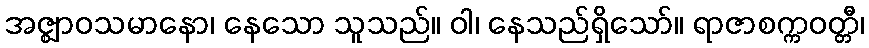
အဇ္ဈာဝသမာနော၊ နေသော သူသည်။ ဝါ၊ နေသည်ရှိသော်။ ရာဇာစက္ကဝတ္တီ၊